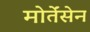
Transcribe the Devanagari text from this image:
मोर्तेंसेन